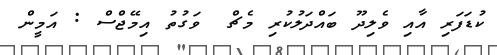
ކުޑަފަރި އާއި ވެލިދޫ ބައްދަލުކުރި މެޗް  ވަގުތު އިމޭޖްސް : އަމީން